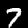
Digit: 7